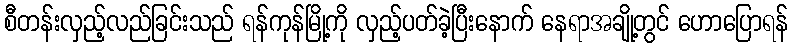
စီတန်းလှည့်လည်ခြင်းသည် ရန်ကုန်မြို့ကို လှည့်ပတ်ခဲ့ပြီးနောက် နေရာအချို့တွင် ဟောပြောရန်